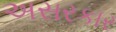
અસરકાર